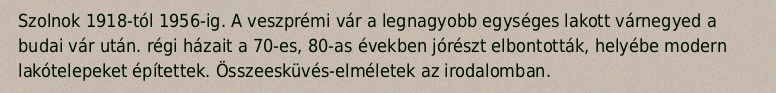
Szolnok 1918-tól 1956-ig. A veszprémi vár a legnagyobb egységes lakott várnegyed a budai vár után. régi házait a 70-es, 80-as években jórészt elbontották, helyébe modern lakótelepeket építettek. Összeesküvés-elméletek az irodalomban.